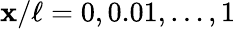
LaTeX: \mathbf{x}/\ell=0,0.01,\dots,1